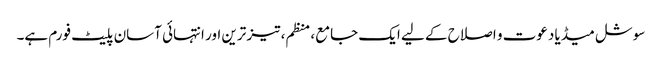
سوشل میڈیا دعوت و اصلاح کے لیے ایک جامع، منظم، تیز ترین اور انتہائی آسان پلیٹ فورم ہے۔